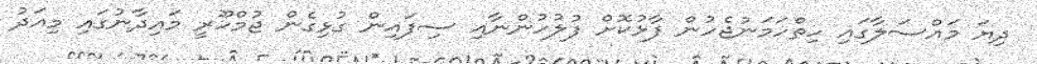
ދިޔަ މައްސަލާގައި ހިތްހަމަނުޖެހުން ފާޅުކޮށް ފުލުހުންނާއި ސިފައިން ގުޅިގެން ޖުމްހޫރީ މައިދާނުގައި މިއަދު